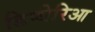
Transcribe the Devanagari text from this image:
डिप्थेरिआ